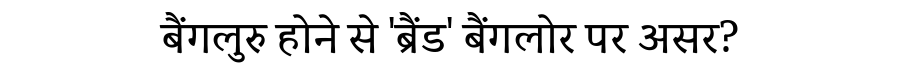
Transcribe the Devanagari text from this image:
बैंगलुरु होने से 'ब्रैंड' बैंगलोर पर असर?